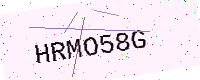
Text: HRMO58G